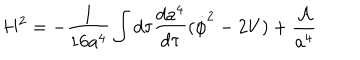
LaTeX: H ^ { 2 } = - \frac { 1 } { 1 6 a ^ { 4 } } \int d \tau \frac { d a ^ { 4 } } { d \tau } ( \dot { \phi } ^ { 2 } - 2 V ) + \frac { \cal A } { a ^ { 4 } }